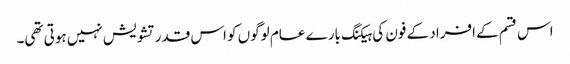
اس قسم کے افراد کے فون کی ہیکنگ بارے عام لوگوں کو اس قدر تشویش نہیں ہوتی تھی۔